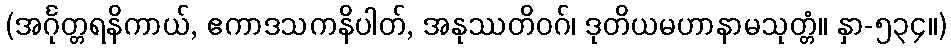
(အင်္ဂုတ္တရနိကာယ်, ဧကာဒသကနိပါတ်, အနုဿတိဝဂ်၊ ဒုတိယမဟာနာမသုတ္တံ။ နှာ-၅၃၄။)